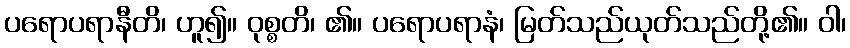
ပရောပရာနီတိ၊ ဟူ၍။ ဝုစ္စတိ၊ ၏။ ပရောပရာနံ၊ မြတ်သည်ယုတ်သည်တို့၏။ ဝါ၊